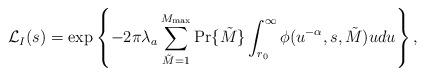
LaTeX: \begin{align*} \mathcal{L}_I(s) = \exp \left\{-2 \pi \lambda_a \sum_{\tilde{M}=1}^{M_{\textrm{max}}} \Pr\{\tilde{M} \} \int_{r_0}^{\infty} \phi(u^{-\alpha} ,s , \tilde{M} ) u du \right\},\end{align*}